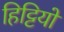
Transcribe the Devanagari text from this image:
हिट्टियों